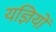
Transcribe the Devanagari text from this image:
यज्ञियों